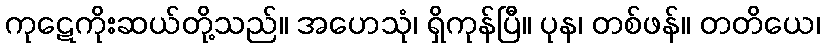
ကုဋေကိုးဆယ်တို့သည်။ အဟေသုံ၊ ရှိကုန်ပြီ။ ပုန၊ တစ်ဖန်။ တတိယေ၊